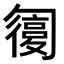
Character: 𠤇